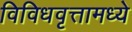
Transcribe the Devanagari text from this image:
विविधवृत्तामध्ये